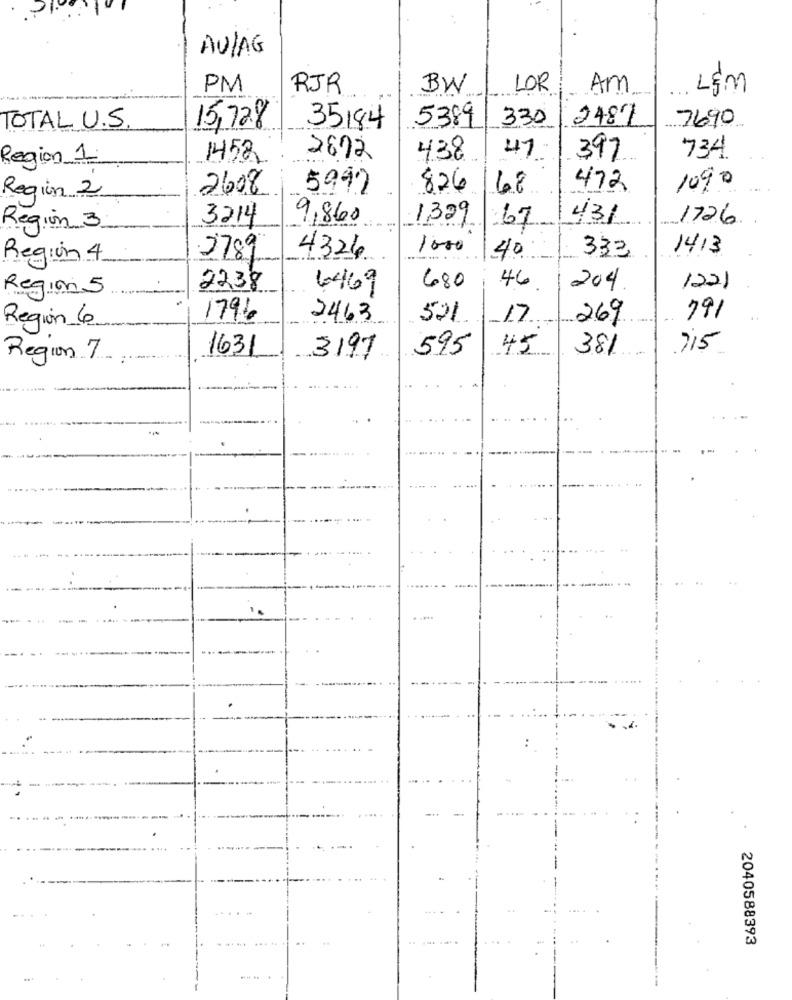
AULAG
PM
RJR
BW
LOR
Am
L&m
15,728
5389
330
2487
TOTAL U.S.
35184
7690
Region 1
1458,
2692
438
47
397
734
2608
5992
826
68
472
109
Region 2
3214
431
1726
Region 3
9,860
1329
67
2789
1000
40
333
1413
Region 4
4324
Region 5
2238
6469
680
46
204
1221
1796
2463
521
17
269
791
Region 6
45
381
715
Region 7
1631
3197
595
1.
----
2040588393